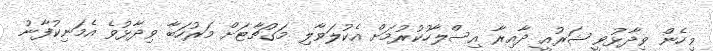
މިހެން ވިދާޅުވީ ޝަރުއީ ދާއިރާ އިސްލާހުކުރުމަށް އެކުލަވާލި މަގުޗާޓަށް މަރުހަބާ ވިދާޅުވެ އެމަނިކުފާނު